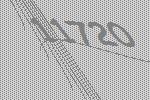
11720